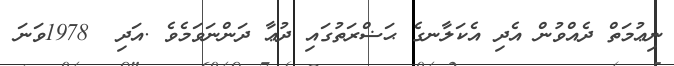
ނިޢުމަތް ދެއްވުން އެދި އެކަލާނގެ ޙަޟްރަތުގައި ދުޢާ ދަންނަވަމެވެ .އަދި  1978ވަނަ